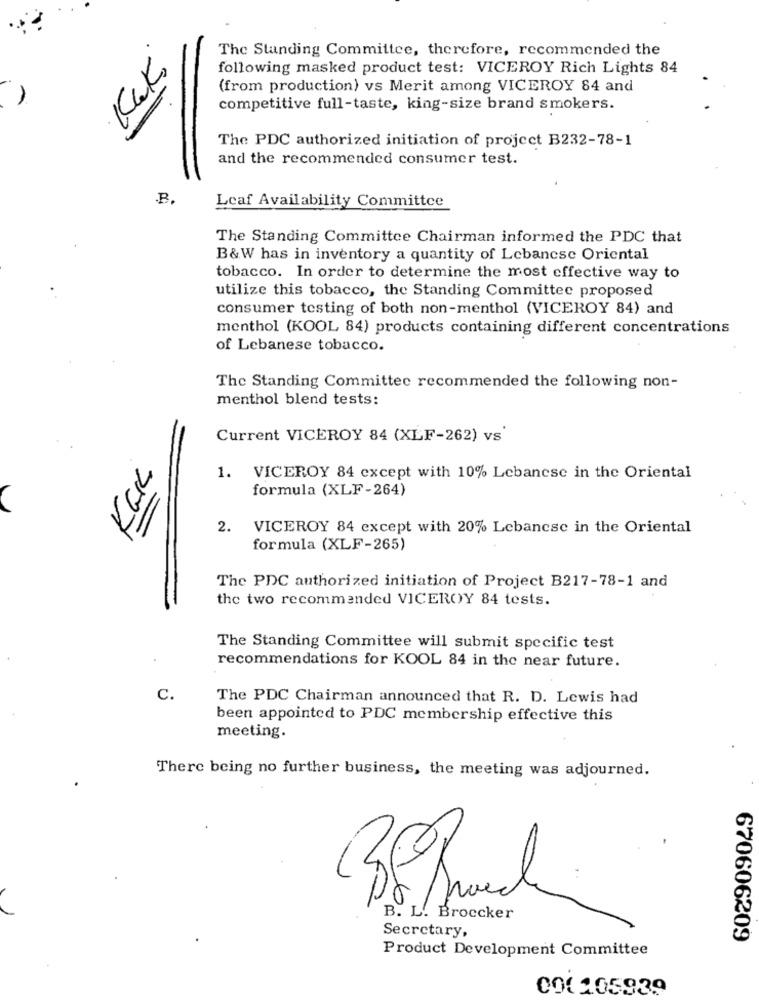
The Standing Committee, therefore, recommended the
Kak.
following masked product test: VICEROY Rich Lights 84
(from production) vs Merit among VICEROY 84 and
competitive full-taste, king-size brand smokers.
The PDC authorized initiation of project B232-78-1
and the recommended consumer test.
Leaf Availability Committee
The Standing Committee Chairman informed the PDC that
B&W has in inventory a quantity of Lebancse Oriental
tobacco. In order to determine the most effective way to
utilize this tobacco, the Standing Committee proposed
consumer testing of both non-menthol (VICEROY 84) and
menthol (KOOL 84) products containing different concentrations
of Lebanese tobacco.
The Standing Committee recommended the following non-
menthol blend tests:
Current VICEROY 84 (XLF-262) vs'
Kak
1. VICEROY 84 except with 10% Lebanese in the Oriental
formula (XLF-264)
2. VICEROY 84 except with 20% Lebanese in the Oriental
formula (XLF-265)
The PDC authorized initiation of Project B217-78-1 and
the two recommended VICEROY 84 tests.
The Standing Committee will submit specific test
recommendations for KOOL 84 in the near future.
C.
The PDC Chairman announced that R. D. Lewis had
been appointed to PDC membership effective this
meeting.
There being no further business, the meeting was adjourned.
B. L. Broccker
Secretary,
670606209
Product Development Committee
000105939